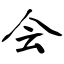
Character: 会